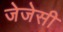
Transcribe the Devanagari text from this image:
जेजेसी